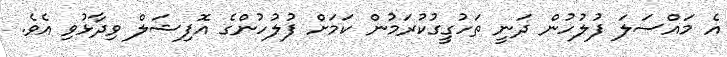
އެ މައްސަލަ ފުލުހުން ދަނީ ތަހުގީގުކުރަމުން ކަމަށް ފުލުހުންގެ އޮފިޝަލް ވިދާޅުވި އެވެ.